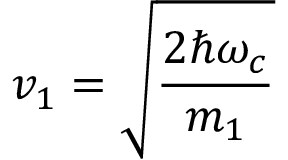
v _ { 1 } = { \sqrt { \frac { 2 \hbar \omega _ { c } } { m _ { 1 } } } }